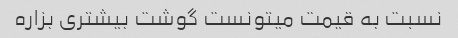
نسبت به قیمت میتونست گوشت بیشتری بزاره